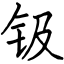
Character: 钑